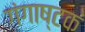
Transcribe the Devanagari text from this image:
गंगाष्टकं